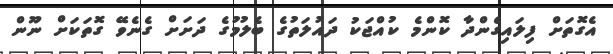
އެގޮތަށް ފިލައިގެންދާ ކޮންމެ ކުއްޖަކު ދައުލަތުގެ ބެލުމުގެ ދަށަށް ގެނެވޭ ގޮތަކަށް ނޫން